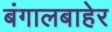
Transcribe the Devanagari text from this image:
बंगालबाहेर